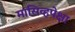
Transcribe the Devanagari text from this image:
मासिव्हपेक्षा